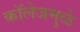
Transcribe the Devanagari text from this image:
कॉलेजमुळे